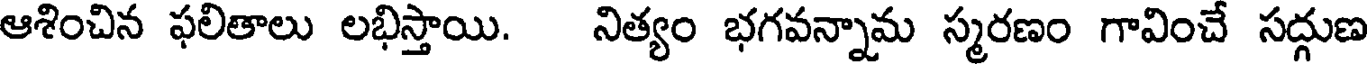
ఆశించిన ఫలితాలు లభిస్తాయి. నిత్యం భగవన్నామ స్మరణం గావించే సద్గుణ